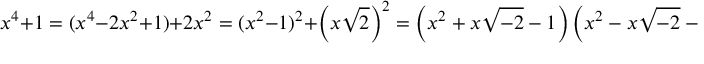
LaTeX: x ^ { 4 } + 1 = ( x ^ { 4 } - 2 x ^ { 2 } + 1 ) + 2 x ^ { 2 } = ( x ^ { 2 } - 1 ) ^ { 2 } + \left( x { \sqrt { 2 } } \right) ^ { 2 } = \left( x ^ { 2 } + x { \sqrt { - 2 } } - 1 \right) \left( x ^ { 2 } - x { \sqrt { - 2 } } - 1 \right) .